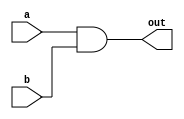
module main (
    input wire a,
    input wire b,
    output wire out
);

assign out = a & b;

endmodule